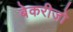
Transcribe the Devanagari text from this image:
बेकरीजो